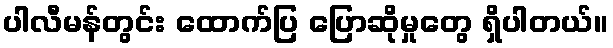
ပါလီမန်တွင်း ထောက်ပြ ပြောဆိုမှုတွေ ရှိပါတယ်။